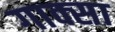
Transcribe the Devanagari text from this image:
गाक्सा